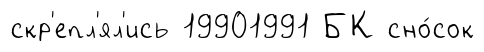
скр'епл'ял'ись 19901991 БК сно́сок